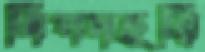
বিপদহরি